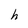
Character: h